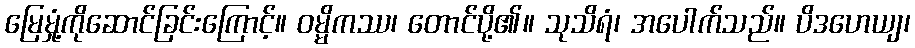
မြေမှုံ့ကိုဆောင်ခြင်းကြောင့်။ ဝမ္မိကဿ၊ တောင်ပို့၏။ သုသိရံ၊ အပေါက်သည်။ ပိဒဟေယျ၊